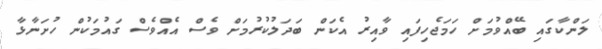
ލަންކާގައި ބޭއްވުމަށް ހަމަޖެހިފައި ވާއިރު އެކަން ބަދަލުކުރުމަށް ވެސް އެއްވެސް ގައުމަކުން ހުށަނާޅާ